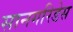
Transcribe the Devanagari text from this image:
सानगरिडेस